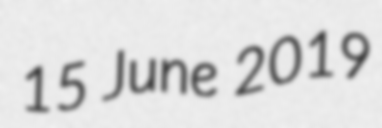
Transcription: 15 June 2019